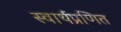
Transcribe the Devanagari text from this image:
स्वार्थप्रणित